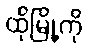
ထိုမြို့ကို